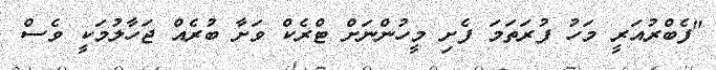
"ފެބްރުއަރީ މަހު ފުރަތަމަ ފެށި މީހުންނަށް ޓްރެކް ވަށާ ބުރެއް ޖަހާލުމަކީ ވެސް